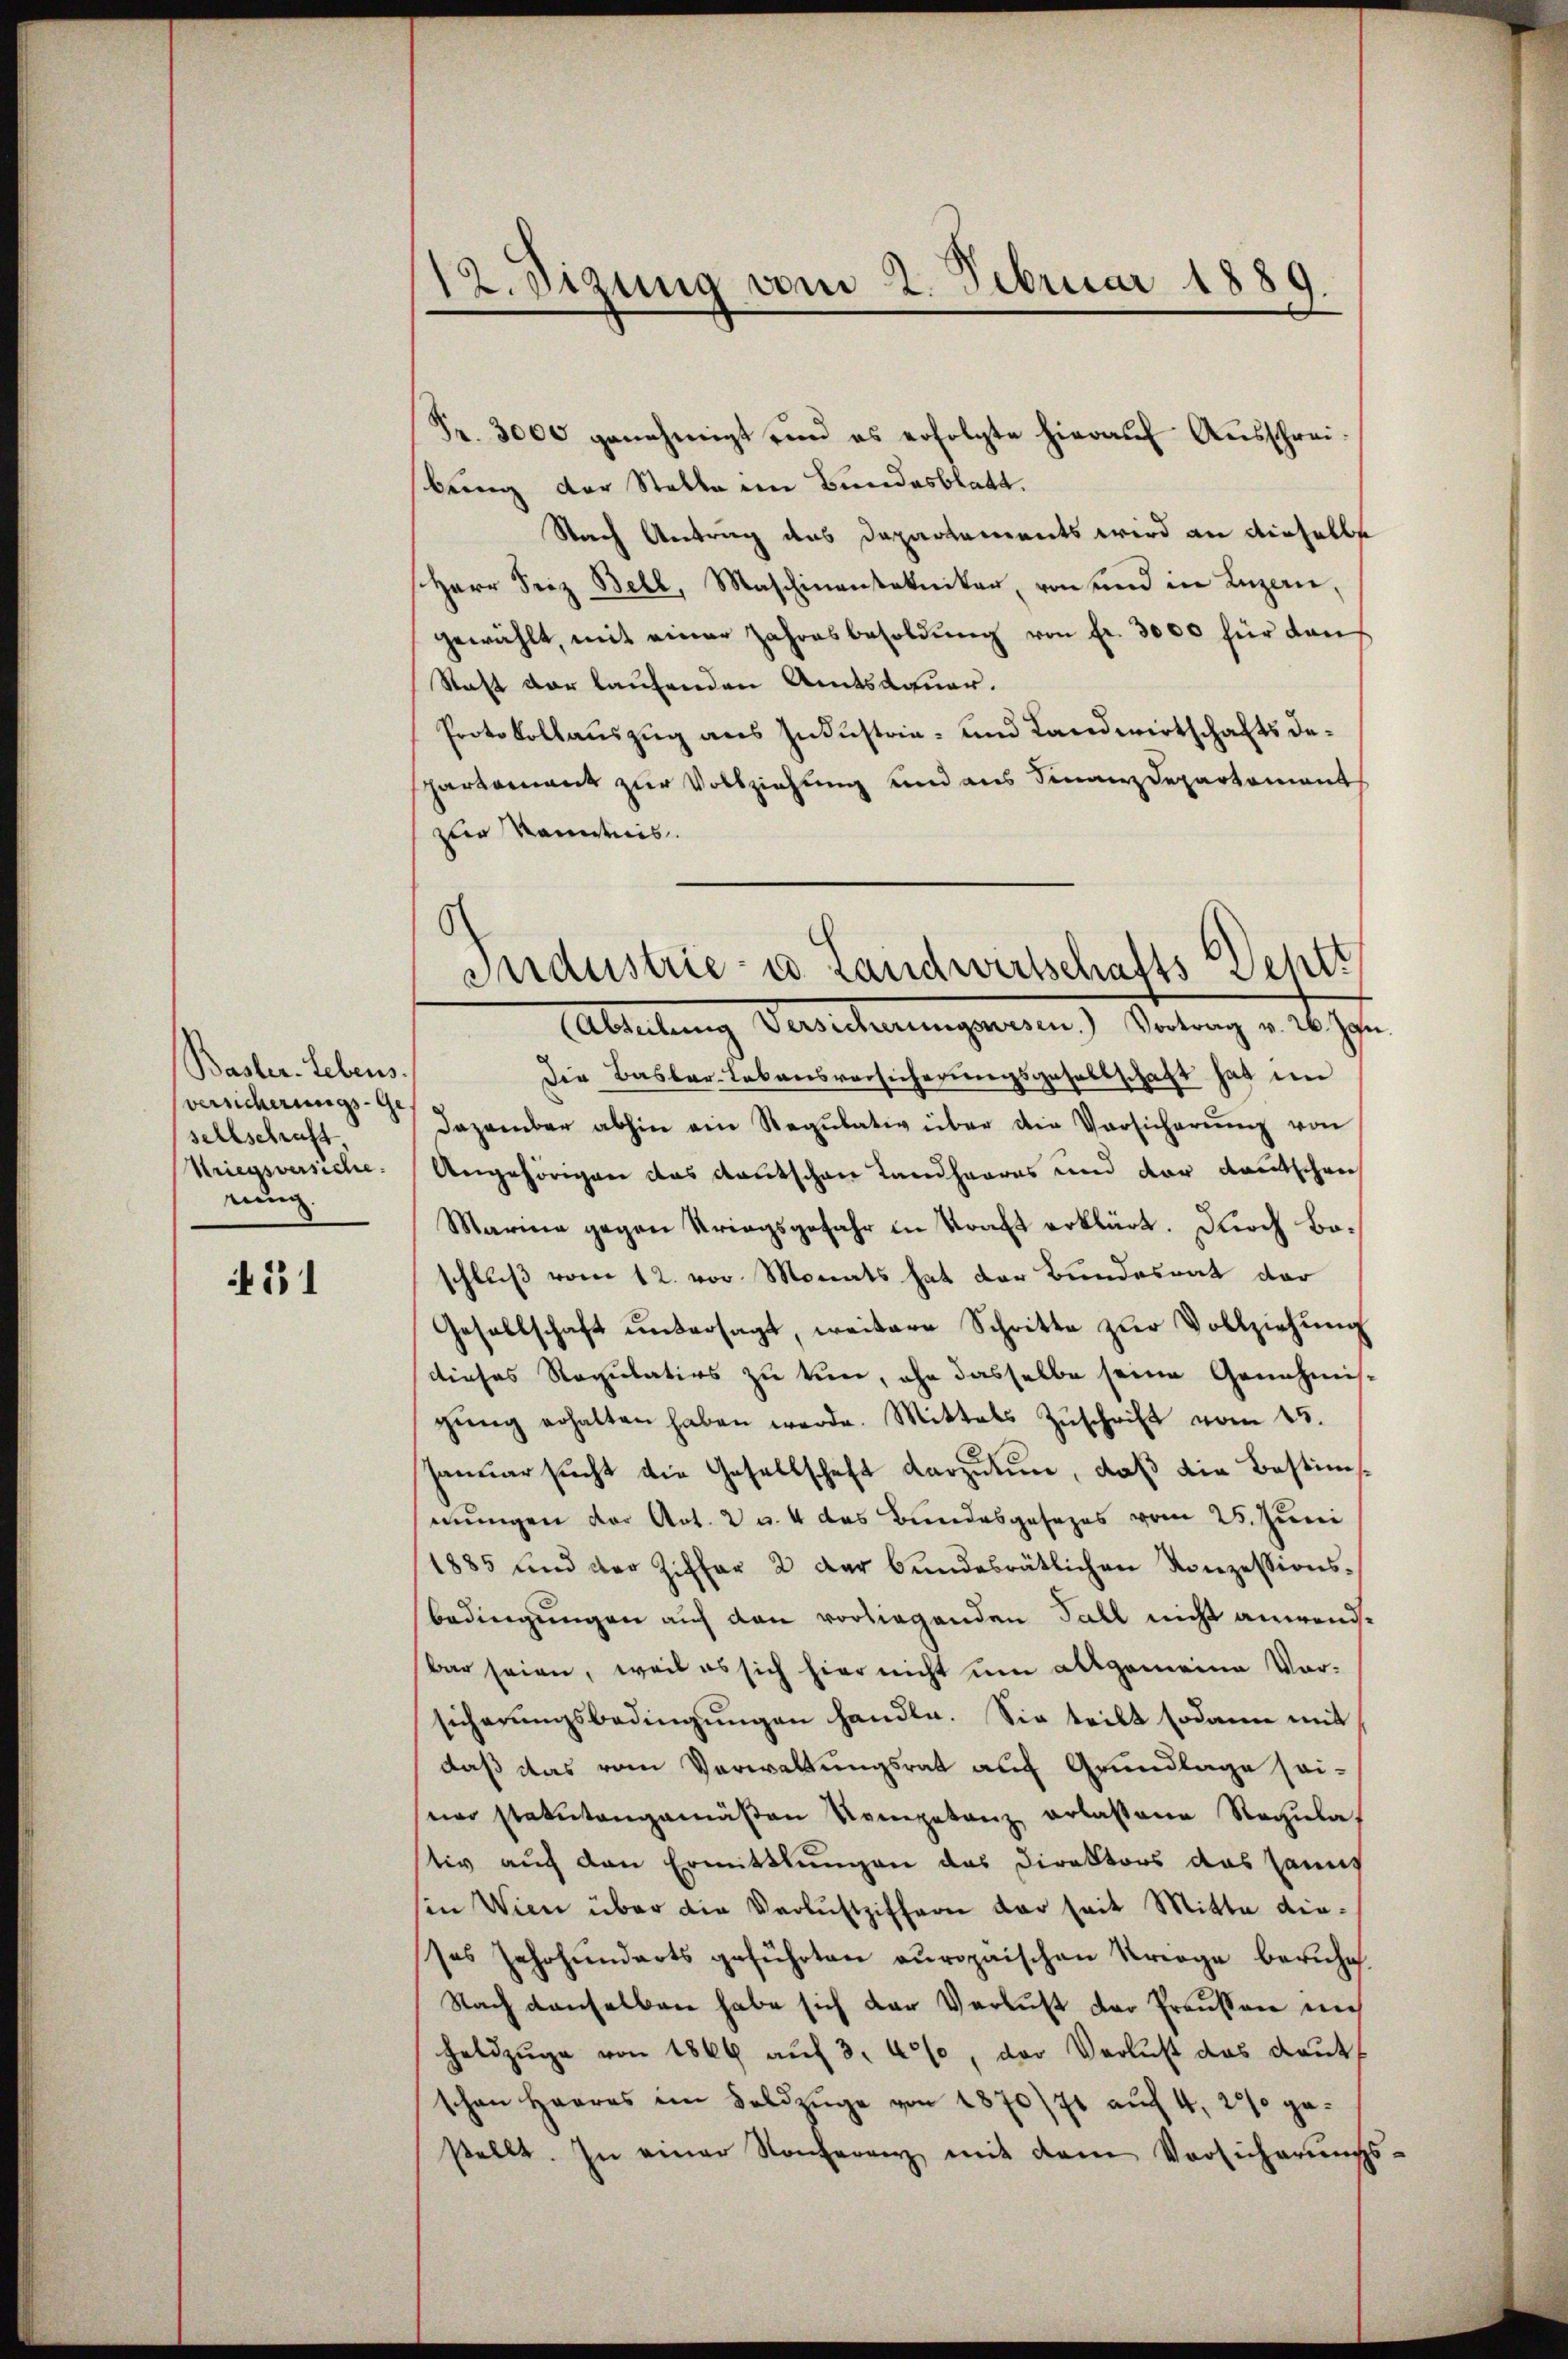
Basler-Lebens.
versicherungs-Ge
sellschaft
Striegsversiche.
nung

131

12. Sitzung vom 2. Februar 1889.

Fr. 3000 genehmigt und es erfolgte hieraŭf Aŭsschreibring der Stelle im Bundesblatt.
Nach Antrag das Dapartements wird an dieselbst
Herr Seiz Bell, Maschinenstakniker, von und in Luzern,
gewählt, mit einer Jahresbesoldŭng von fr. 3000 für dan
Raft der laufenden Amtsdauer.
Protokollauszug aus Industrie- und Landwirtschafts departement zur Vollziehung und aus Finanzdepartement
zur Kenntnis.
Die Basler-Lebensversicherungsgesellschaft hat im
Dezember abhin ein Regŭlativ über die Versicherŭng von
Angehörigen das Kautschen Landhaares und vor deutschen
Marina gegen Kriegsgefahr in Kraft erklärt. Durch Boschluß vom 12. vor Monats hat der Bundesrat der
Gesellschaft ŭntersagt, weitere Schritte zŭr Vollziehŭng
dieses Regulatios zu tun, ohn dasselbe seine Genehmis-
gŭng erhalten haben werde. Mittels Zŭschrift vom 15.
Januar sucht die Gesellschaft darzutun, daß die Bestimmungen der Art. 2 u. 4 das Bundesgesezes vom 25. Juni
1885 und der Ziffer 2 der bundesrätlichen Konzessions-
bedingungen auf den vorliegenden Fall nicht anwendbar seien, weil es sich hier nicht um allgemeine Vor-
sicherungsbedingungen handle. Sie teilt sodann mit
daß das vom Verwaltungsrat auf Grundlage seiner statutangemäßen Kompetenz erlaßene Regulat
stiv auch den Ermittlungen das Direktors das Sanit
sin Wien über die Verlustziffern dar seit Mitte dieses Jahrhunderts geführten europaischen Kriege beruhe.
Nach denselben habe sich der Verlust der Preußen mus
heldzüge von 1869 aŭf 3. 40%, der Verlust das Raut
schen Herres im Feldzüge von 1870/71 auf 4, 2 % gestellt. In einer Konferenz mit dem Versicherungs¬

6
Industrie- u. Landwirtschafts Sept
(Abteilŭng Versicherungswesen. Vortrag v. 26. Jan.